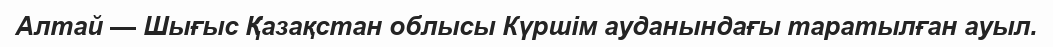
Алтай — Шығыс Қазақстан облысы Күршім ауданындағы таратылған ауыл.